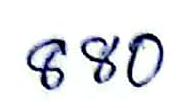
880